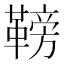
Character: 䩷